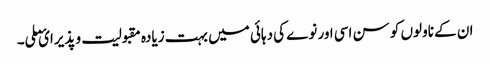
ان کے ناولوں کو سن اسی اور نوے کی دہائی میں بہت زیادہ مقبولیت و پذیرائ ملی۔